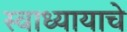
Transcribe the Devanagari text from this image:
स्वाध्यायाचे